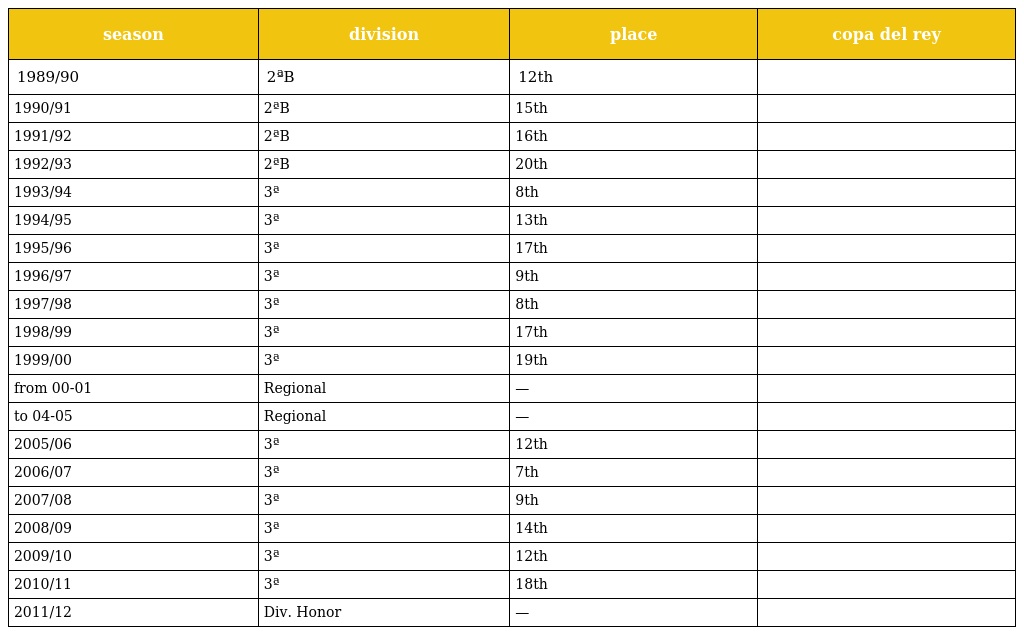
| season | division | place | copa del rey |
 | --- | --- | --- | --- |
 | 1989/90 | 2ªB | 12th |  |
 | 1990/91 | 2ªB | 15th |  |
 | 1991/92 | 2ªB | 16th |  |
 | 1992/93 | 2ªB | 20th |  |
 | 1993/94 | 3ª | 8th |  |
 | 1994/95 | 3ª | 13th |  |
 | 1995/96 | 3ª | 17th |  |
 | 1996/97 | 3ª | 9th |  |
 | 1997/98 | 3ª | 8th |  |
 | 1998/99 | 3ª | 17th |  |
 | 1999/00 | 3ª | 19th |  |
 | from 00-01 | Regional | — |  |
 | to 04-05 | Regional | — |  |
 | 2005/06 | 3ª | 12th |  |
 | 2006/07 | 3ª | 7th |  |
 | 2007/08 | 3ª | 9th |  |
 | 2008/09 | 3ª | 14th |  |
 | 2009/10 | 3ª | 12th |  |
 | 2010/11 | 3ª | 18th |  |
 | 2011/12 | Div. Honor | — |  |